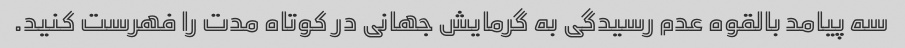
سه پیامد بالقوه عدم رسیدگی به گرمایش جهانی در کوتاه مدت را فهرست کنید.